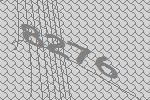
8276